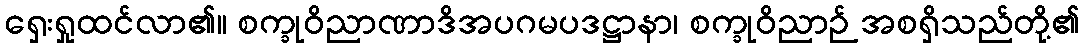
ရှေးရှုထင်လာ၏။ စက္ခုဝိညာဏာဒိအပဂမပဒဋ္ဌာနာ၊ စက္ခုဝိညာဉ် အစရှိသည်တို့၏